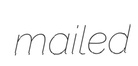
mailed